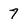
Character: 7